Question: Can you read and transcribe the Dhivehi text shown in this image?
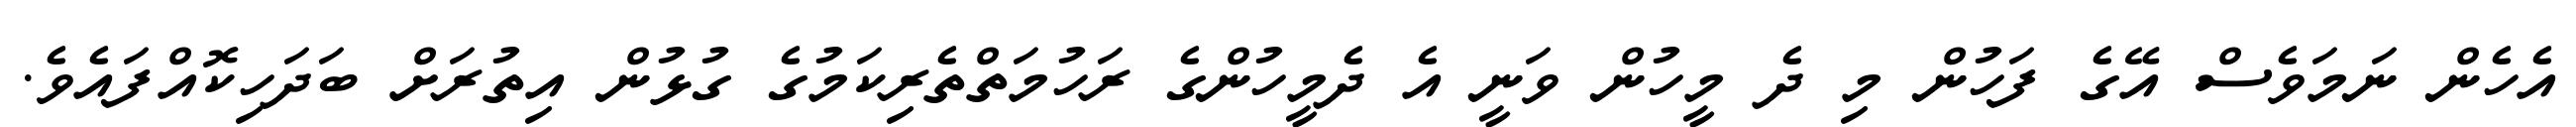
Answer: އެހެން ނަމަވެސް އޭގެ ފަހުން މި ދެ މީހުން ވަނީ އެ ދެމީހުންގެ ރަހުމަތްތެރިކަމުގެ ގުޅުން އިތުރަށް ބަދަހިކޮއްފައެވެ.